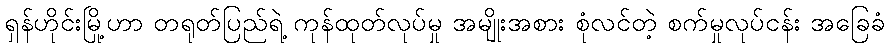
ရှန်ဟိုင်းမြို့ဟာ တရုတ်ပြည်ရဲ့ ကုန်ထုတ်လုပ်မှု အမျိုးအစား စုံလင်တဲ့ စက်မှုလုပ်ငန်း အခြေခံ